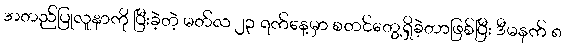
အတည်ပြုလူနာကို ပြီးခဲ့တဲ့ မတ်လ ၂၃ ရက်နေ့မှာ စတင်တွေ့ရှိခဲ့တာဖြစ်ပြီး ဒီမနက် ၈